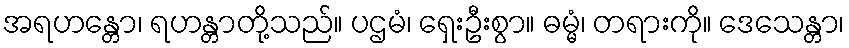
အရဟန္တော၊ ရဟန္တာတို့သည်။ ပဌမံ၊ ရှေးဦးစွာ။ ဓမ္မံ၊ တရားကို။ ဒေသေန္တာ၊